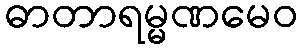
ဓာတာရမ္မဏမေဝ